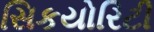
સિકયોરિટી